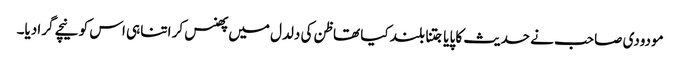
مودودی صاحب نے حدیث کا پایا جتنا بلند کیا تھا ظن کی دلدل میں پھنس کر اتنا ہی اس کو نیچے گرادیا۔